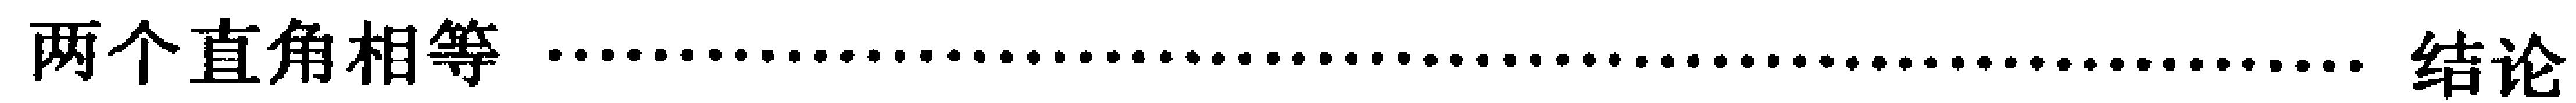
两个直角相等 \dotfill 结论